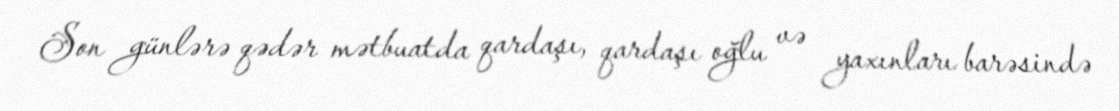
Son günlərə qədər mətbuatda qardaşı, qardaşı oğlu və yaxınları barəsində